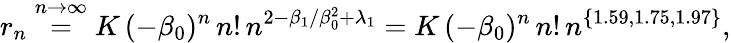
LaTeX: r_{n}\stackrel{n\to\infty}{=}K\, (-\beta_{0})^{n}\, n!\, n^{2-\beta_{1}/\beta_{0}^{2}+\lambda_{1}}=K\, (-\beta_{0})^{n}\, n!\, n^{\{ 1.59,1.75,1.97\} },